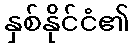
နှစ်နိုင်ငံ၏